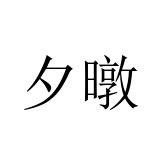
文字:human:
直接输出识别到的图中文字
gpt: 夕暾